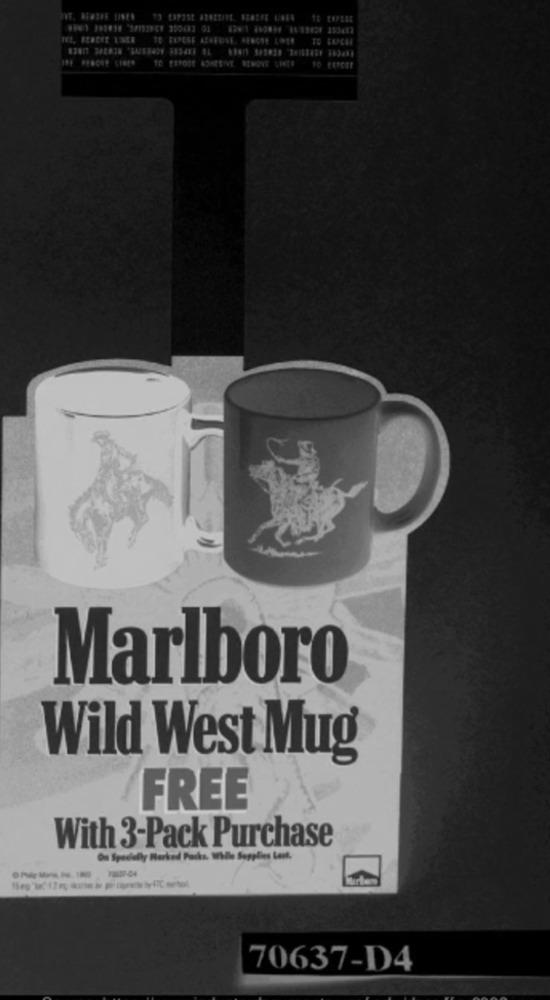
Marlboro
Wild West Mug
FREE
With 3-Pack Purchase
Ön Specially Marked Packs. While Supplies Laik.
70637-D4